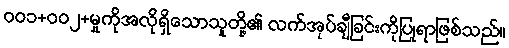
ဝဝ၁+ဝဝ၂+မှုကိုအလိုရှိသောသူတို့၏ လက်အုပ်ချီခြင်းကိုပြုရာဖြစ်သည်။